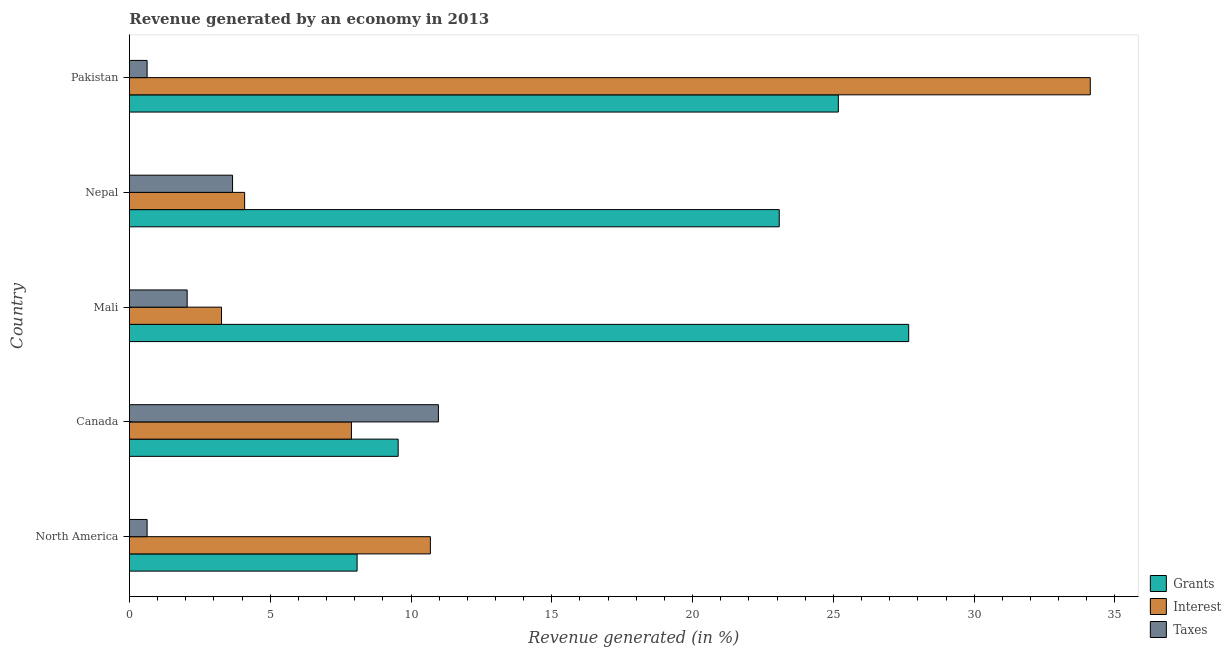
| Country | Grants | Interest | Taxes |
 | --- | --- | --- | --- |
 | North America | 8.09 | 10.7 | 0.629 |
 | Canada | 9.54 | 7.88 | 11 |
 | Mali | 27.7 | 3.27 | 2.05 |
 | Nepal | 23.1 | 4.09 | 3.66 |
 | Pakistan | 25.2 | 34.1 | 0.629 |